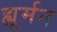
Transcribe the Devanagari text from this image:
ह्यूर्मन